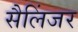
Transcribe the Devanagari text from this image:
सैलिंजर